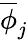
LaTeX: \overline{{\phi}}_{j}